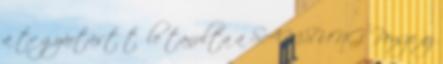
a tv gyártást tőle tanulta a SAMSUNG. Persze az